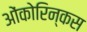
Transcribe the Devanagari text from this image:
ओंकोरिन्कस